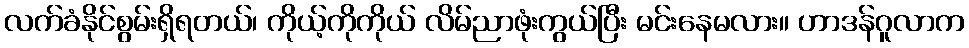
လက်ခံနိုင်စွမ်းရှိရတယ်၊ ကိုယ့်ကိုကိုယ် လိမ်ညာဖုံးကွယ်ပြီး မင်းနေမလား။ ဟာဒန်ဂူလာက